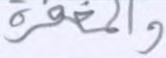
والمغفرة